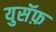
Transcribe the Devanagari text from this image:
युसॅफ़